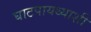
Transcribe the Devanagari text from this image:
घाटपायथ्याशी